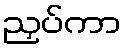
ညှပ်ကာ